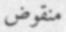
منقوض